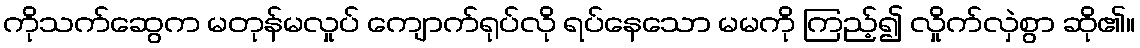
ကိုသက်ဆွေက မတုန်မလှုပ် ကျောက်ရုပ်လို ရပ်နေသော မမကို ကြည့်၍ လှိုက်လှဲစွာ ဆို၏။